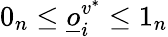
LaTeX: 0_{n}\leq\underline{o}_{i}^{v^{*}}\leq 1_{n}